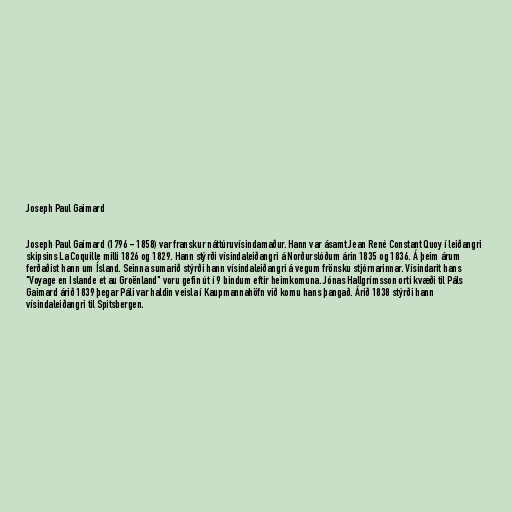
Joseph Paul Gaimard

Joseph Paul Gaimard (1796 - 1858) var franskur náttúruvísindamaður. Hann var ásamt Jean René Constant Quoy í leiðangri
skipsins La Coquille milli 1826 og 1829. Hann stýrði vísindaleiðangri á Norðurslóðum árin 1835 og 1836. Á þeim árum
ferðaðist hann um Ísland. Seinna sumarið stýrði hann vísindaleiðangri á vegum frönsku stjórnarinnar. Vísindarit hans
"Voyage en Islande et au Groënland" voru gefin út í 9 bindum eftir heimkomuna. Jónas Hallgrímsson orti kvæði til Páls
Gaimard árið 1839 þegar Páli var haldin veisla í Kaupmannahöfn við komu hans þangað. Árið 1838 stýrði hann
vísindaleiðangri til Spitsbergen.